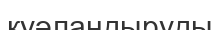
куәландыруды